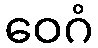
ဝေဂံ